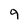
Character: 9